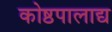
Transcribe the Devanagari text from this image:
कोष्ठपालाद्य